Assam Mental Hospital (Tezpur, India) - 1933-1948
Year: 1933
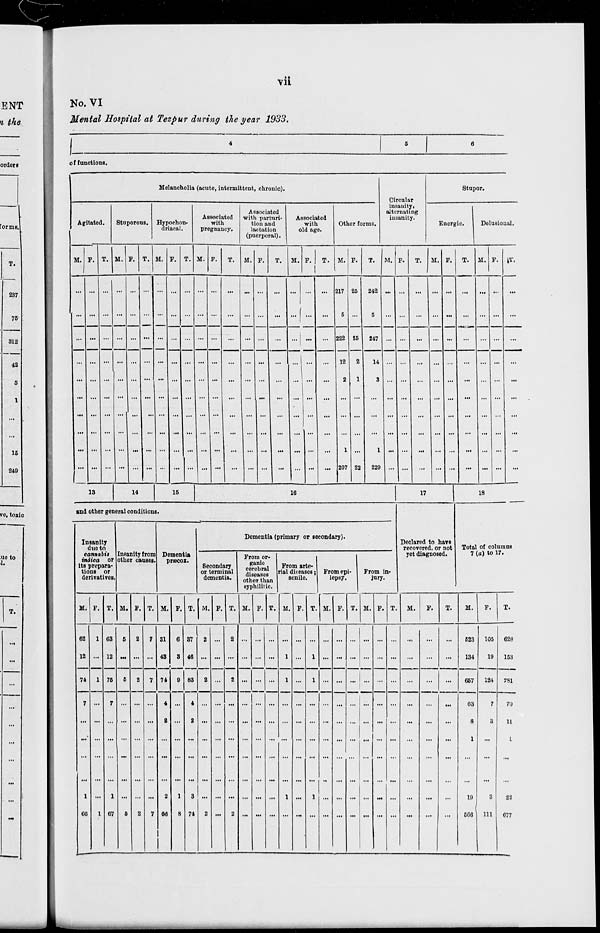
vii
No. VI
Mental Hospital at Tezpur during the year 1933.
5
6
of functions.
Melancholia (acute, intermittent, chronic).
Agitated.
M.
...
...
...
...
...
...
...
...
...
...
F.
...
...
...
...
...
...
...
...
...
...
T.
...
...
...
...
...
...
...
...
...
...
Stuporous.
M.
...
...
...
...
...
...
...
...
...
...
F.
...
...
...
...
...
...
...
...
...
...
T.
...
...
...
...
...
...
...
...
...
...
Hypochon-
driacal.
M.
...
...
...
...
...
...
...
...
...
...
F.
...
...
...
...
...
...
...
...
...
...
T.
...
...
...
...
...
...
...
...
...
...
Associated
with
pregnancy.
M.
...
...
...
...
...
...
...
...
...
...
F.
...
...
...
...
...
...
...
...
...
...
T.
...
...
...
...
...
...
...
...
...
...
Associated
with parturi-
tion and
lactation
(puerperal).
M.
...
...
...
...
...
...
...
...
...
...
F.
...
...
...
...
...
...
...
...
...
...
T.
...
...
...
...
...
...
...
...
...
...
Associated
with
old age.
M.
...
...
...
...
...
...
...
...
...
...
F.
...
...
...
...
...
...
...
...
...
...
T.
...
...
...
...
...
...
...
...
...
...
Other forms.
M.
217
5
222
12
2
...
...
...
1
207
F.
25
...
25
2
1
...
...
...
...
22
T.
242
5
247
14
3
...
...
...
1
229
Circular
insanity,
alternating
insanity.
M.
...
...
...
...
...
...
...
...
...
...
F.
...
...
...
...
...
...
...
...
...
...
T.
...
...
...
...
...
...
...
...
...
...
Stupor.
Energic.
M.
...
...
...
...
...
...
...
...
...
...
F.
...
...
...
...
...
...
...
...
...
...
T.
...
...
...
...
...
...
...
...
...
...
Delusional.
M.
...
...
...
...
...
...
...
...
...
...
F.
...
...
...
...
...
...
...
...
...
...
T.
...
...
...
...
...
...
...
...
...
...
13
14
15
16
and other general conditions.
Insanity
due to
cannabis
indica
or
its prepara-
tions or
derivatives.
M.
62
12
74
7
...
...
...
...
1
66
F.
1
...
1
...
...
...
...
...
...
1
T.
63
12
75
7
...
...
...
...
1
67
Insanity from
other causes.
M.
5
...
5
...
...
...
...
...
...
5
F.
2
...
2
...
...
...
...
...
...
2
T.
7
...
7
...
...
...
...
...
...
7
Dementia
præcox.
M.
31
43
74
4
2
...
...
...
2
66
F.
6
3
9
...
...
...
...
...
1
8
T.
37
46
83
4
2
...
...
...
3
74
Dementia (primary or secondary).
Secondary
or terminal
dementia.
M.
2
...
2
...
...
...
...
...
...
2
F.
...
...
...
...
...
...
...
...
...
...
T.
2
...
2
...
...
...
...
...
...
2
From or-
ganic
cerebral
diseases
other than
syphilitic
M.
...
...
...
...
...
...
...
...
...
...
F.
...
...
...
...
...
...
...
...
...
...
T.
...
...
...
...
...
...
...
...
...
...
From arte-
rial diseases;
senile.
M.
...
1
1
...
...
...
...
...
1
...
F.
...
...
...
...
...
...
...
...
...
...
T.
...
1
1
...
...
...
...
...
1
...
From epi-
lepsy.
M.
...
...
...
...
...
...
...
...
...
...
F.
...
...
...
...
...
...
...
...
...
...
T.
...
...
...
...
...
...
...
...
...
...
From in-
jury.
M.
...
...
...
...
...
...
...
...
...
...
F.
...
...
...
...
...
...
...
...
...
...
T.
...
...
...
...
...
...
...
...
...
...
17
Declared to have
recovered, or not
yet diagnosed.
M.
...
...
...
...
...
...
...
...
...
...
F.
...
...
...
...
...
...
...
...
...
...
T.
...
...
...
...
...
...
...
...
...
...
18
Total of columns
7 (a) to 17.
M.
523
134
657
63
8
1
...
...
19
566
F.
105
19
124
7
3
...
...
...
3
111
T.
628
153
781
70
11
1
...
...
22
677